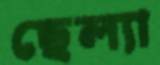
ছেল্যা